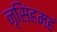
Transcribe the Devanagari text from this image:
नृसिंहमहं